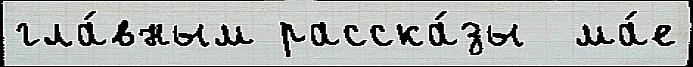
гла́вным расска́зы  ма́е